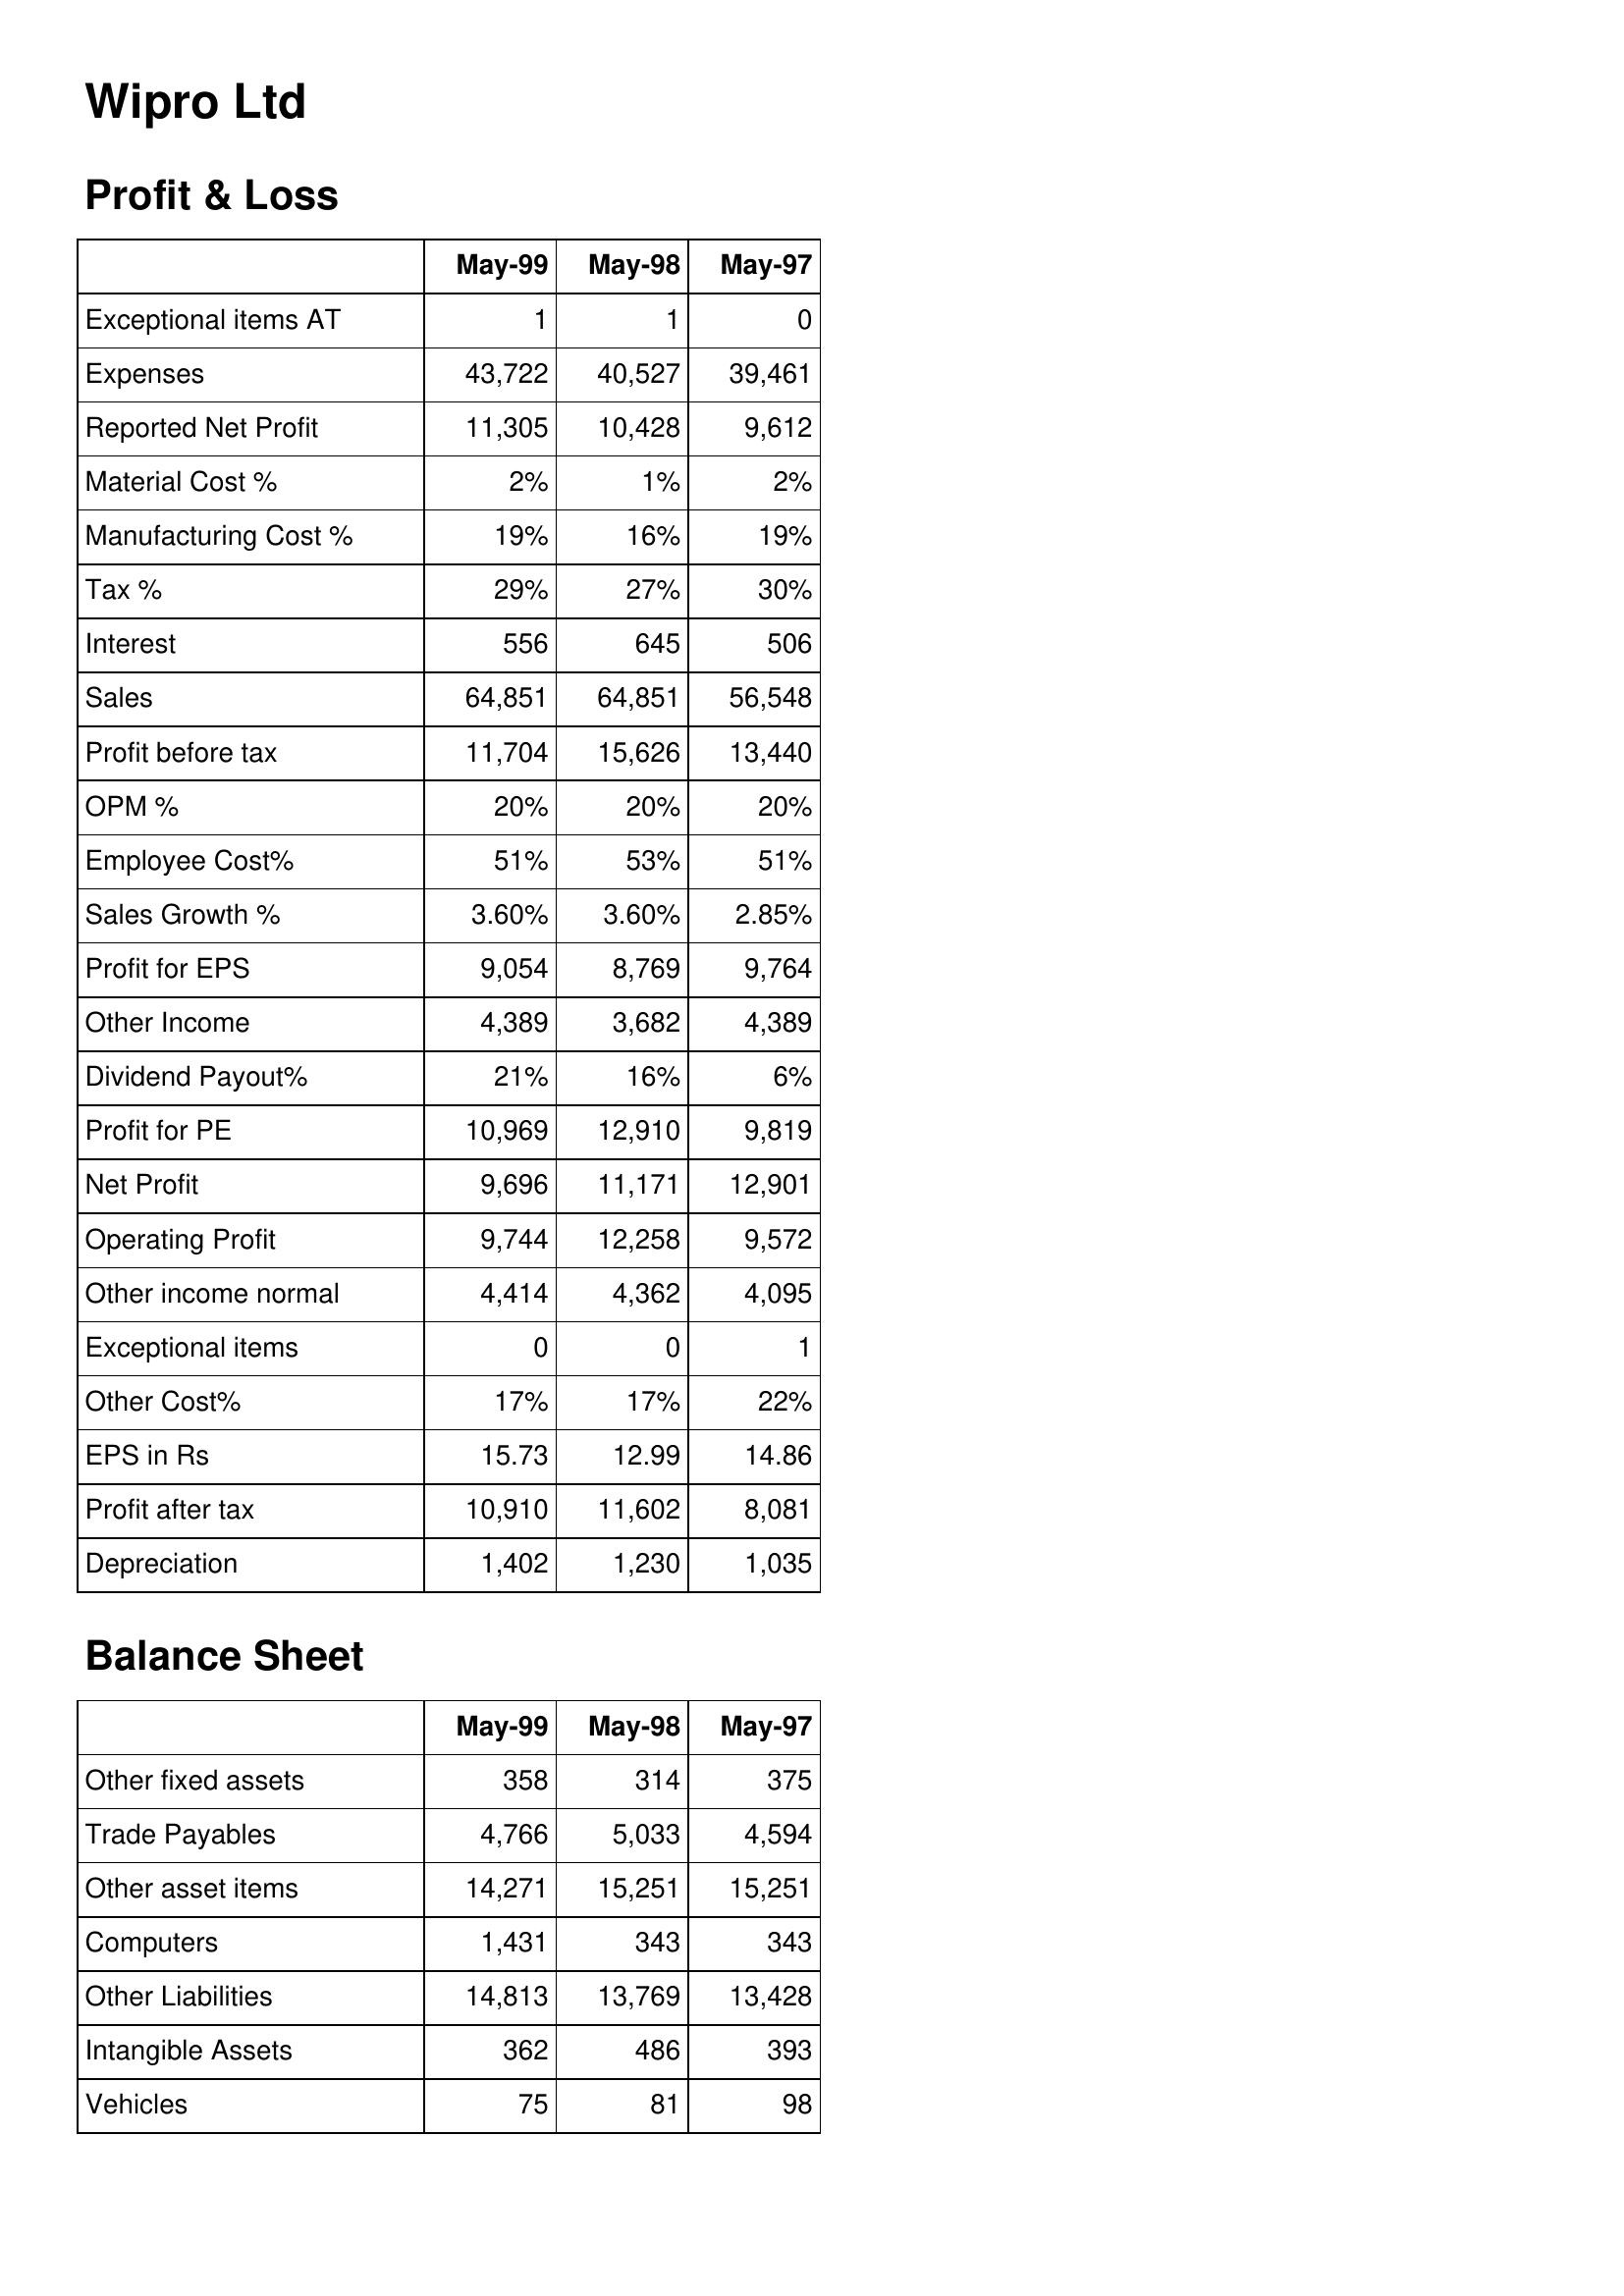
May-99: Profit & Loss: Exceptional items AT: 1
Expenses: 43,722
Reported Net Profit: 11,305
Material Cost %: 2%
Manufacturing Cost %: 19%
Tax %: 29%
Interest: 556
Sales: 64,851
Profit before tax: 11,704
OPM %: 20%
Employee Cost%: 51%
Sales Growth %: 3.60%
Profit for EPS: 9,054
Other Income: 4,389
Dividend Payout%: 21%
Profit for PE: 10,969
Net Profit: 9,696
Operating Profit: 9,744
Other income normal: 4,414
Exceptional items: 0
Other Cost%: 17%
EPS in Rs: 15.73
Profit after tax: 10,910
Depreciation: 1,402
Balance Sheet: Other fixed assets: 358
Trade Payables: 4,766
Other asset items: 14,271
Computers: 1,431
Other Liabilities: 14,813
Intangible Assets: 362
Vehicles: 75
May-98: Profit & Loss: Exceptional items AT: 1
Expenses: 40,527
Reported Net Profit: 10,428
Material Cost %: 1%
Manufacturing Cost %: 16%
Tax %: 27%
Interest: 645
Sales: 64,851
Profit before tax: 15,626
OPM %: 20%
Employee Cost%: 53%
Sales Growth %: 3.60%
Profit for EPS: 8,769
Other Income: 3,682
Dividend Payout%: 16%
Profit for PE: 12,910
Net Profit: 11,171
Operating Profit: 12,258
Other income normal: 4,362
Exceptional items: 0
Other Cost%: 17%
EPS in Rs: 12.99
Profit after tax: 11,602
Depreciation: 1,230
Balance Sheet: Other fixed assets: 314
Trade Payables: 5,033
Other asset items: 15,251
Computers: 343
Other Liabilities: 13,769
Intangible Assets: 486
Vehicles: 81
May-97: Profit & Loss: Exceptional items AT: 0
Expenses: 39,461
Reported Net Profit: 9,612
Material Cost %: 2%
Manufacturing Cost %: 19%
Tax %: 30%
Interest: 506
Sales: 56,548
Profit before tax: 13,440
OPM %: 20%
Employee Cost%: 51%
Sales Growth %: 2.85%
Profit for EPS: 9,764
Other Income: 4,389
Dividend Payout%: 6%
Profit for PE: 9,819
Net Profit: 12,901
Operating Profit: 9,572
Other income normal: 4,095
Exceptional items: 1
Other Cost%: 22%
EPS in Rs: 14.86
Profit after tax: 8,081
Depreciation: 1,035
Balance Sheet: Other fixed assets: 375
Trade Payables: 4,594
Other asset items: 15,251
Computers: 343
Other Liabilities: 13,428
Intangible Assets: 393
Vehicles: 98